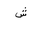
Letter: _shin